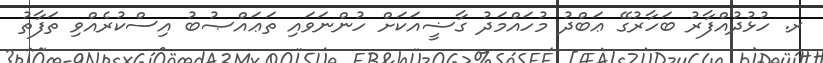
ރ. ހުޅުދުއްފާރު ބަހާރުގޭ ޢަބްދު މުހައްމަދު ގާޟީއަކަށް ހުންނަވައި ތަޢައްޞުބު އިސްކުރެއްވި ތަފާތު